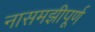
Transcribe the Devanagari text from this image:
नासमझीपूर्ण